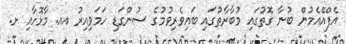
އެފްއޭއެމުން ބުނާ ގޮތުގައި މުބާރާތުގައި ބައިވެރިވުމުގެ ސުންގަޑި ހަމަވިއިރު އއ. މާޅޮހާއި ށ.